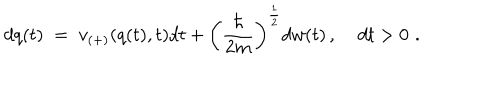
LaTeX: d q ( t ) \; = \; v _ { ( + ) } ( q ( t ) , t ) d t + \left( \frac { \hbar } { 2 m } \right) ^ { \frac { 1 } { 2 } } d w ( t ) \, , \; d t > 0 \, \, .